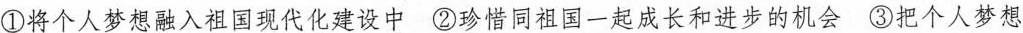
①将个人梦想融入祖国现代化建设中②珍惜同祖国一起成长和进步的机会③把个人梦想